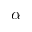
\alpha